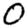
Digit: 0